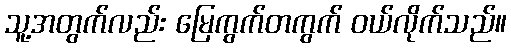
သူ့အတွက်လည်း မြေကွက်တကွက် ဝယ်လိုက်သည်။